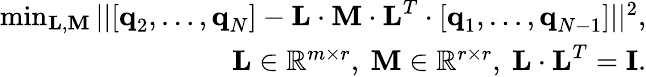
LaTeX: \begin{array}{r}{\operatorname*{min}_{\textbf{L},\textbf{M}}||[\textbf{q}_{2},\dots,\textbf{q}_{N}]-\textbf{L}\cdot\textbf{M}\cdot\textbf{L}^{T}\cdot[\textbf{q}_{1},\dots,\textbf{q}_{N-1}]||^{2},}\\ {\textbf{L}\in\mathbb{R}^{m\times r},\ \textbf{M}\in\mathbb{R}^{r\times r},\ \textbf{L}\cdot\textbf{L}^{T}=\textbf{I}.}\end{array}